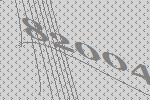
82004